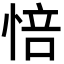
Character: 㥉